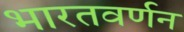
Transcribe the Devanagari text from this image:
भारतवर्णन